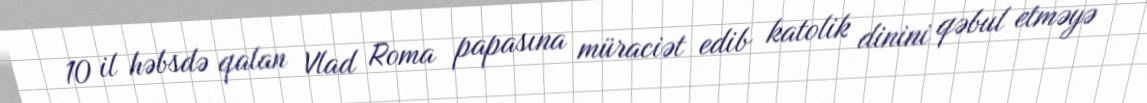
10 il həbsdə qalan Vlad Roma papasına müraciət edib katolik dinini qəbul etməyə